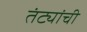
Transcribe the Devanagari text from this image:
तंट्यांची